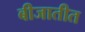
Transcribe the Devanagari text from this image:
बीजातीत